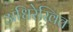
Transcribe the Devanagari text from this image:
अधिरेखित